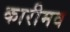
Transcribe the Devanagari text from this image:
कारीमव